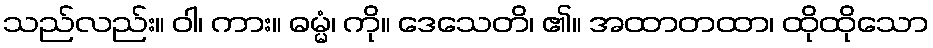
သည်လည်း။ ဝါ၊ ကား။ ဓမ္မံ၊ ကို။ ဒေသေတိ၊ ၏။ အထာတထာ၊ ထိုထိုသော